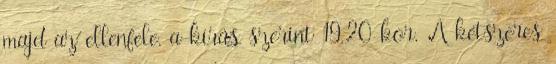
majd az ellenfele, a kírás szerint 19.20-kor. A kétszeres